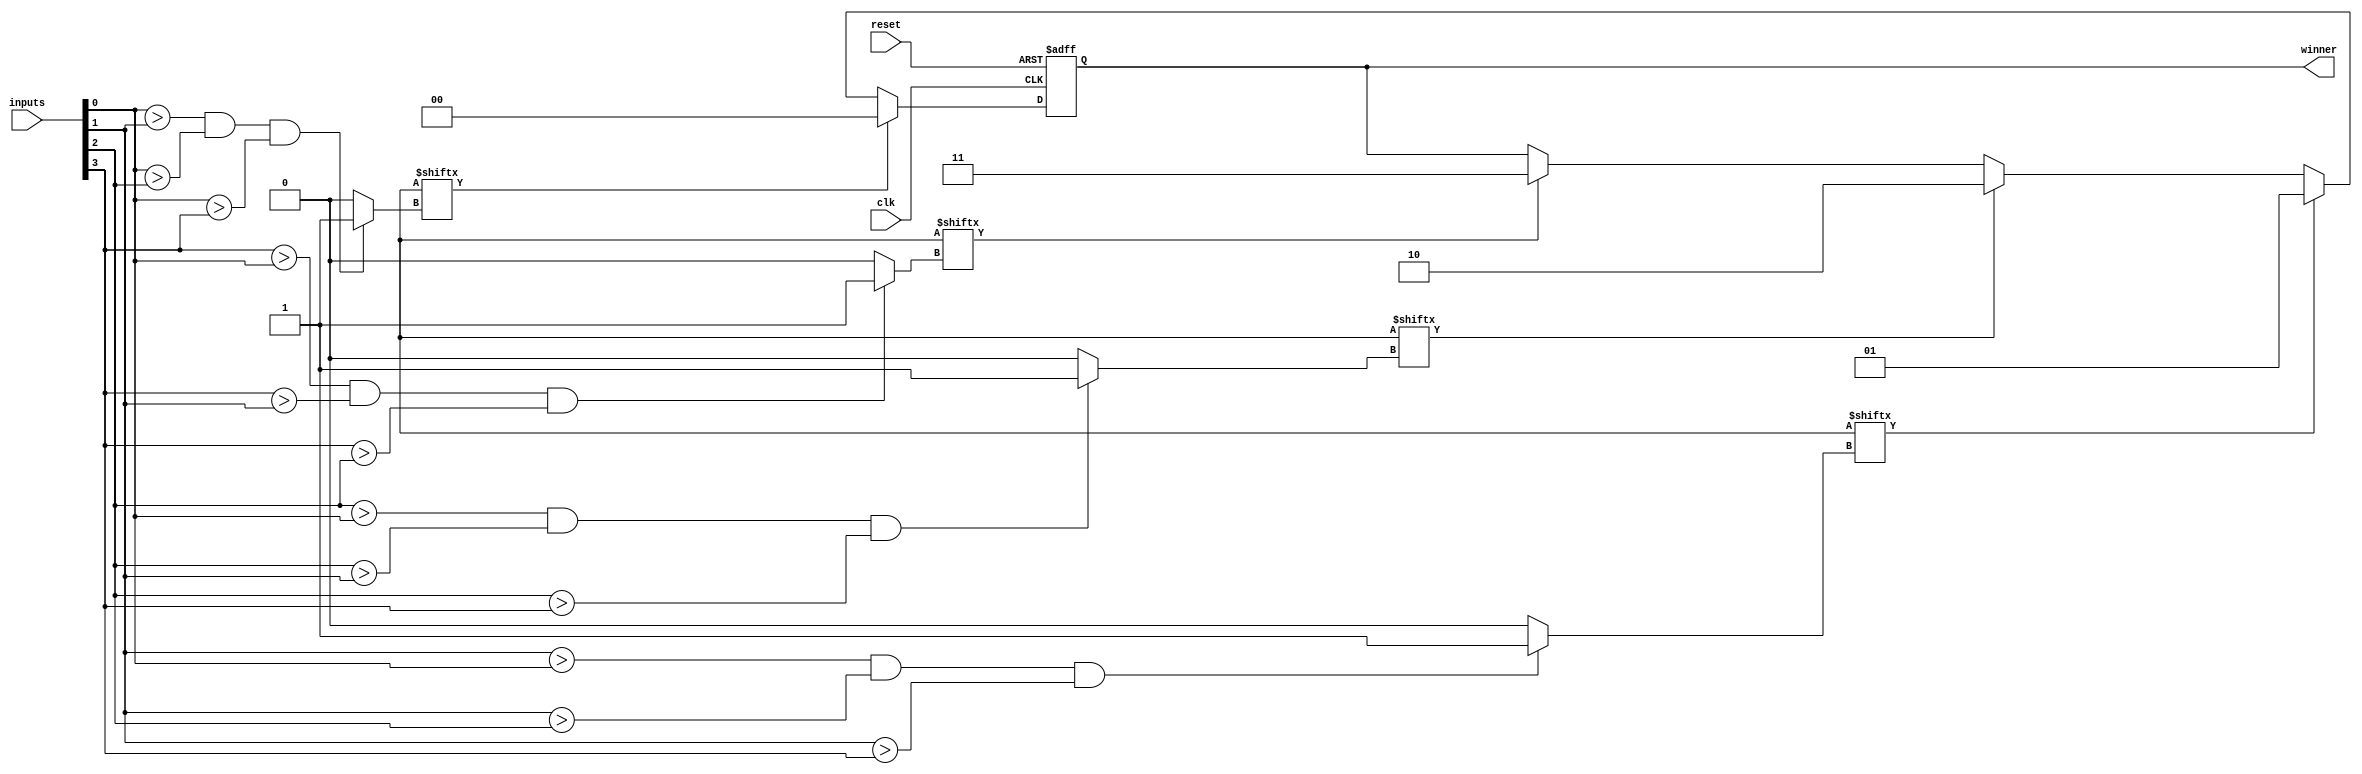
module arbiter (
   input clk,
   input reset,
   input [3:0] inputs, // 4 competing inputs
   output reg [1:0] winner
);

// Storage elements
reg [3:0] priorities;
reg [3:0] request;

// Priority logic
always @*
begin
   // Determine priority based on input value
   priorities[0] = (inputs[0] > inputs[1] && inputs[0] > inputs[2] && inputs[0] > inputs[3]) ? 1 : 0;
   priorities[1] = (inputs[1] > inputs[0] && inputs[1] > inputs[2] && inputs[1] > inputs[3]) ? 1 : 0;
   priorities[2] = (inputs[2] > inputs[0] && inputs[2] > inputs[1] && inputs[2] > inputs[3]) ? 1 : 0;
   priorities[3] = (inputs[3] > inputs[0] && inputs[3] > inputs[1] && inputs[3] > inputs[2]) ? 1 : 0;
end

// Arbitration process
always @(posedge clk or posedge reset)
begin
   if (reset)
      winner <= 2'b00;
   else
   begin
      if (request[priorities[0]])
         winner <= 2'b00;
      else if (request[priorities[1]])
         winner <= 2'b01;
      else if (request[priorities[2]])
         winner <= 2'b10;
      else if (request[priorities[3]])
         winner <= 2'b11;
   end
end

endmodule